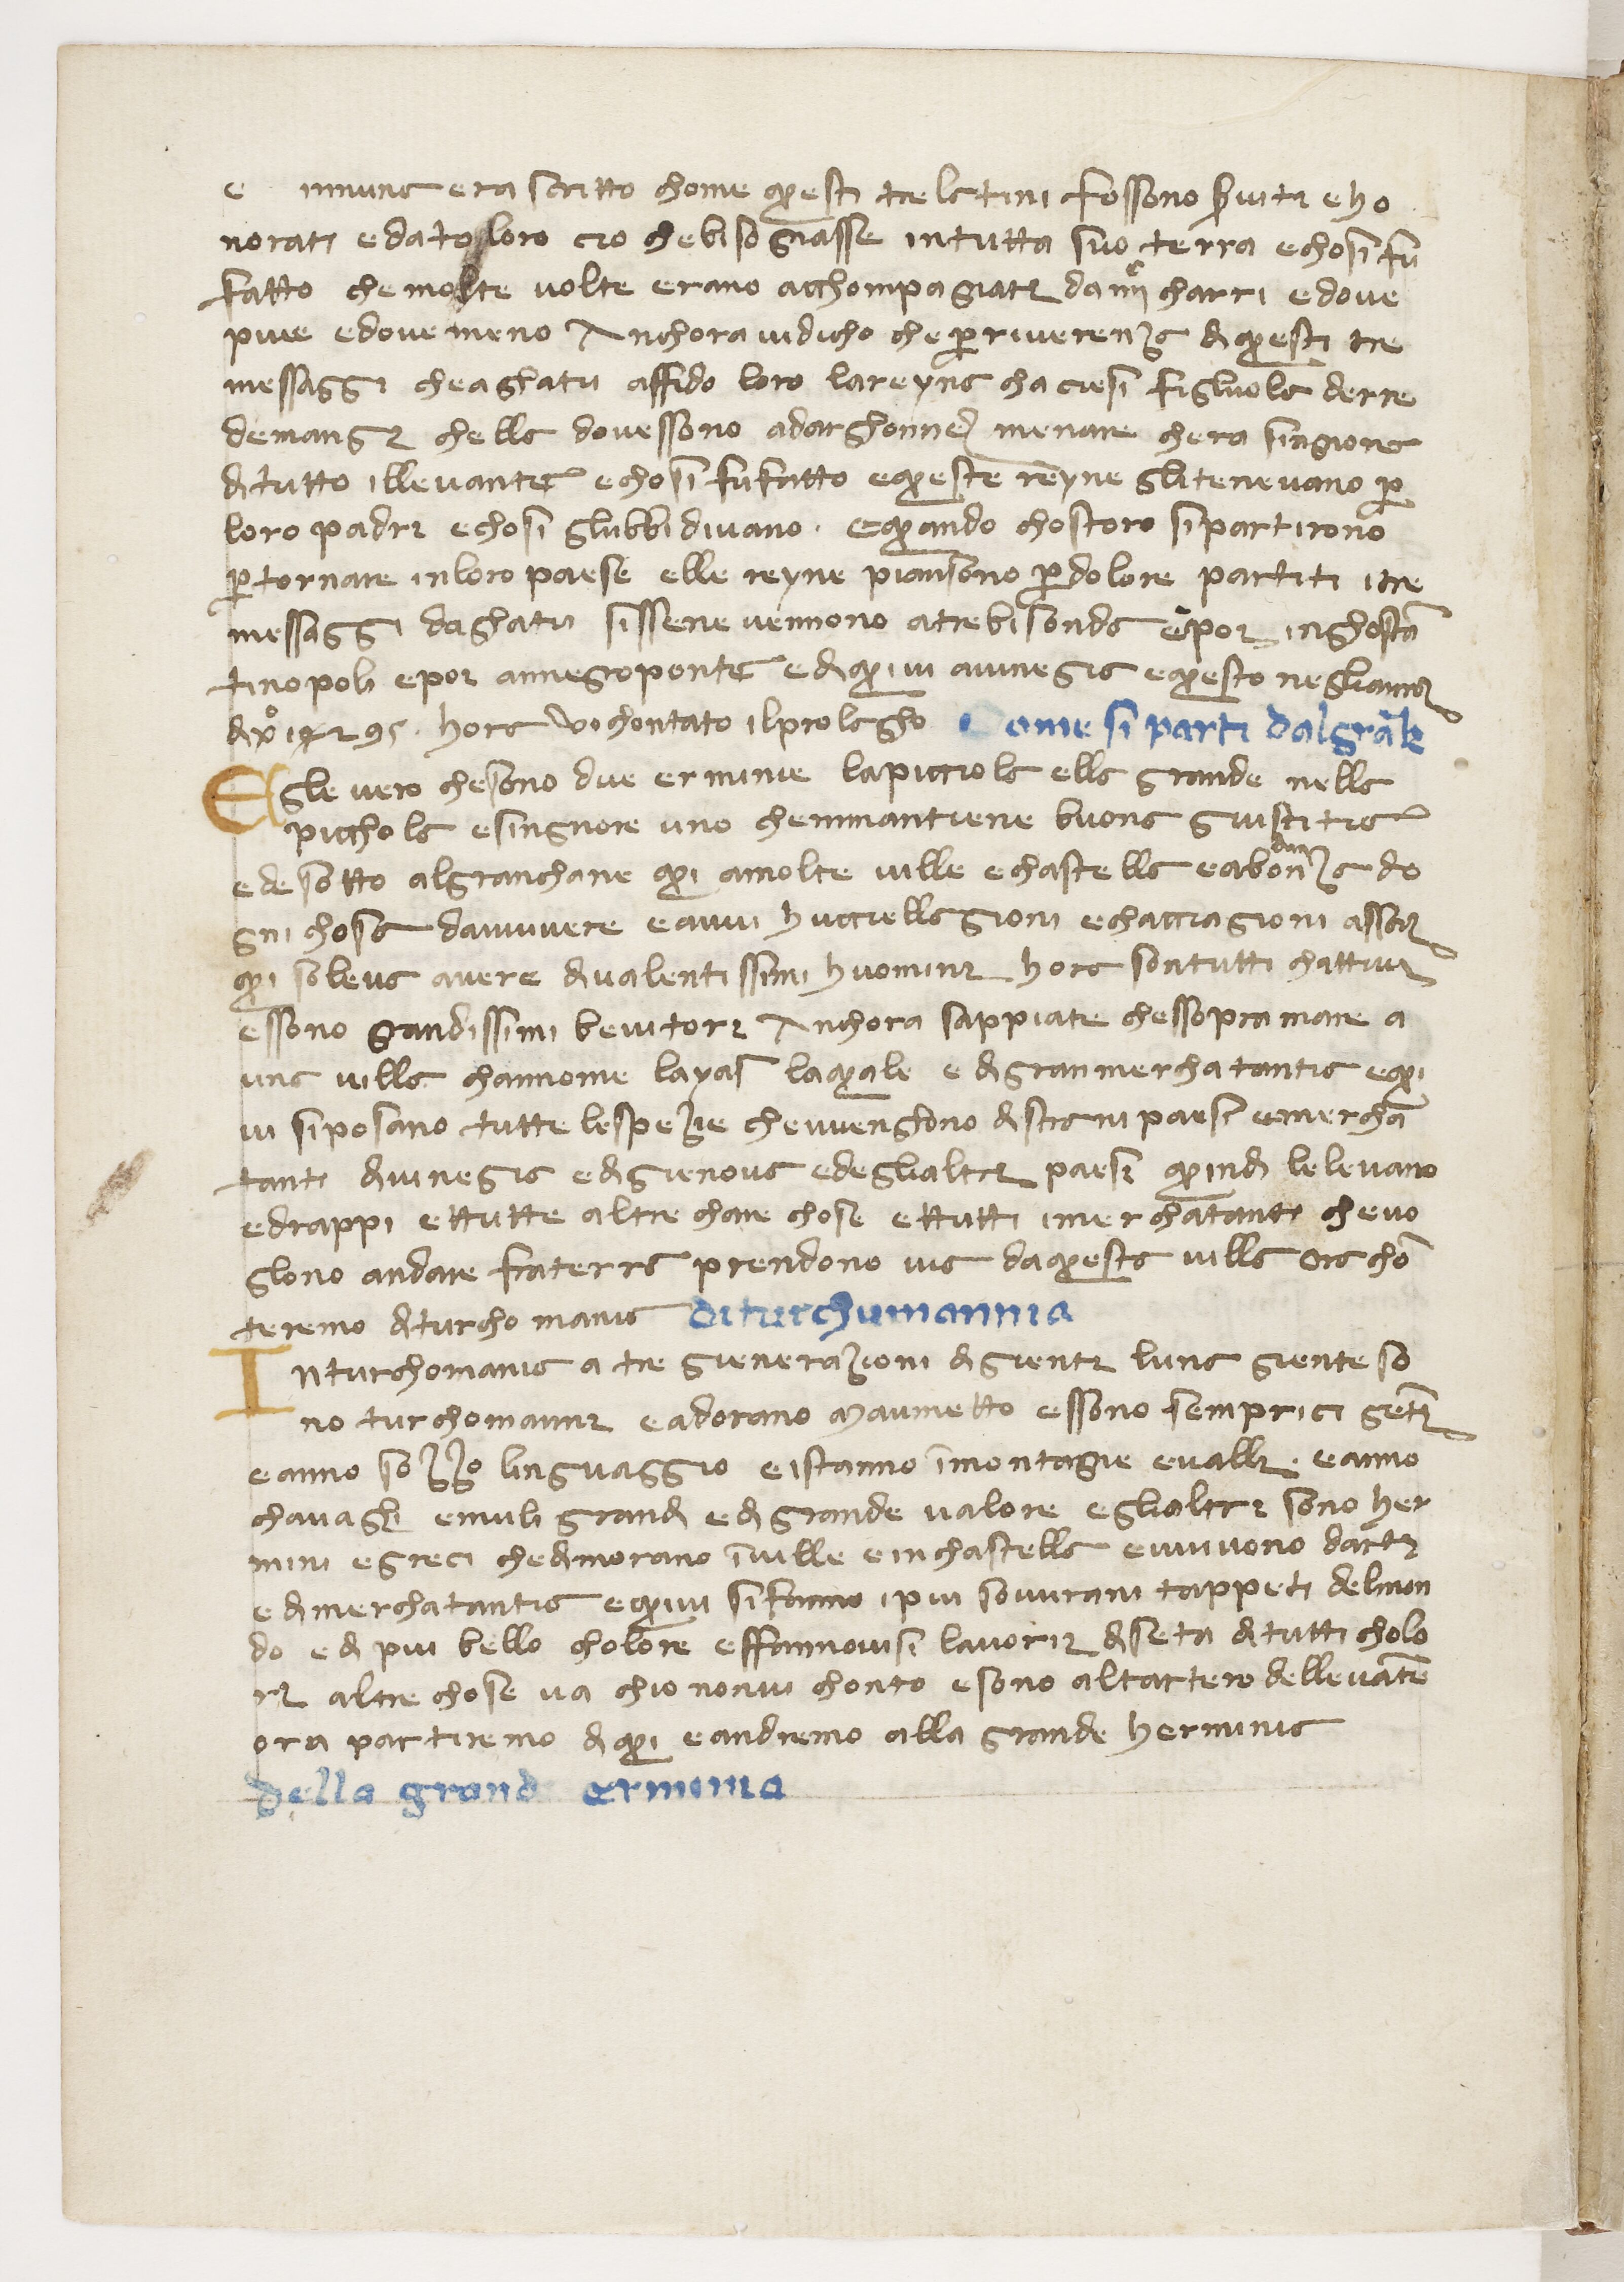
Shelfmark: Paris, BnF, ita. 434
Century: 14